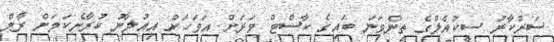
ސަރުކާރު ސީކުއެލްގެ ތިންވަނަ ބައިގެ ކާސްޓް ވަރަށް އަވަހަށް އިއުލާނު ކުރާނެކަމަށް ރާމް